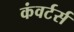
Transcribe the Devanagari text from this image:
कंवर्टर्स